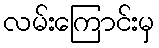
လမ်းကြောင်းမှ